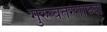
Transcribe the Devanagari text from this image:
गुरुत्वतरंगाच्या